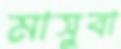
মাসুবা